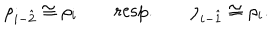
\rho _ { i - \hat { 2 } } \cong \rho _ { i } \qquad \mathrm { r e s p . } \qquad \rho _ { i - \hat { 1 } } \cong \rho _ { i } .